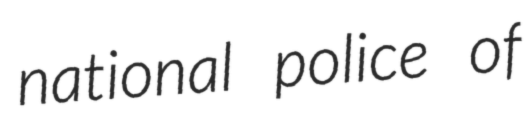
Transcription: national police of